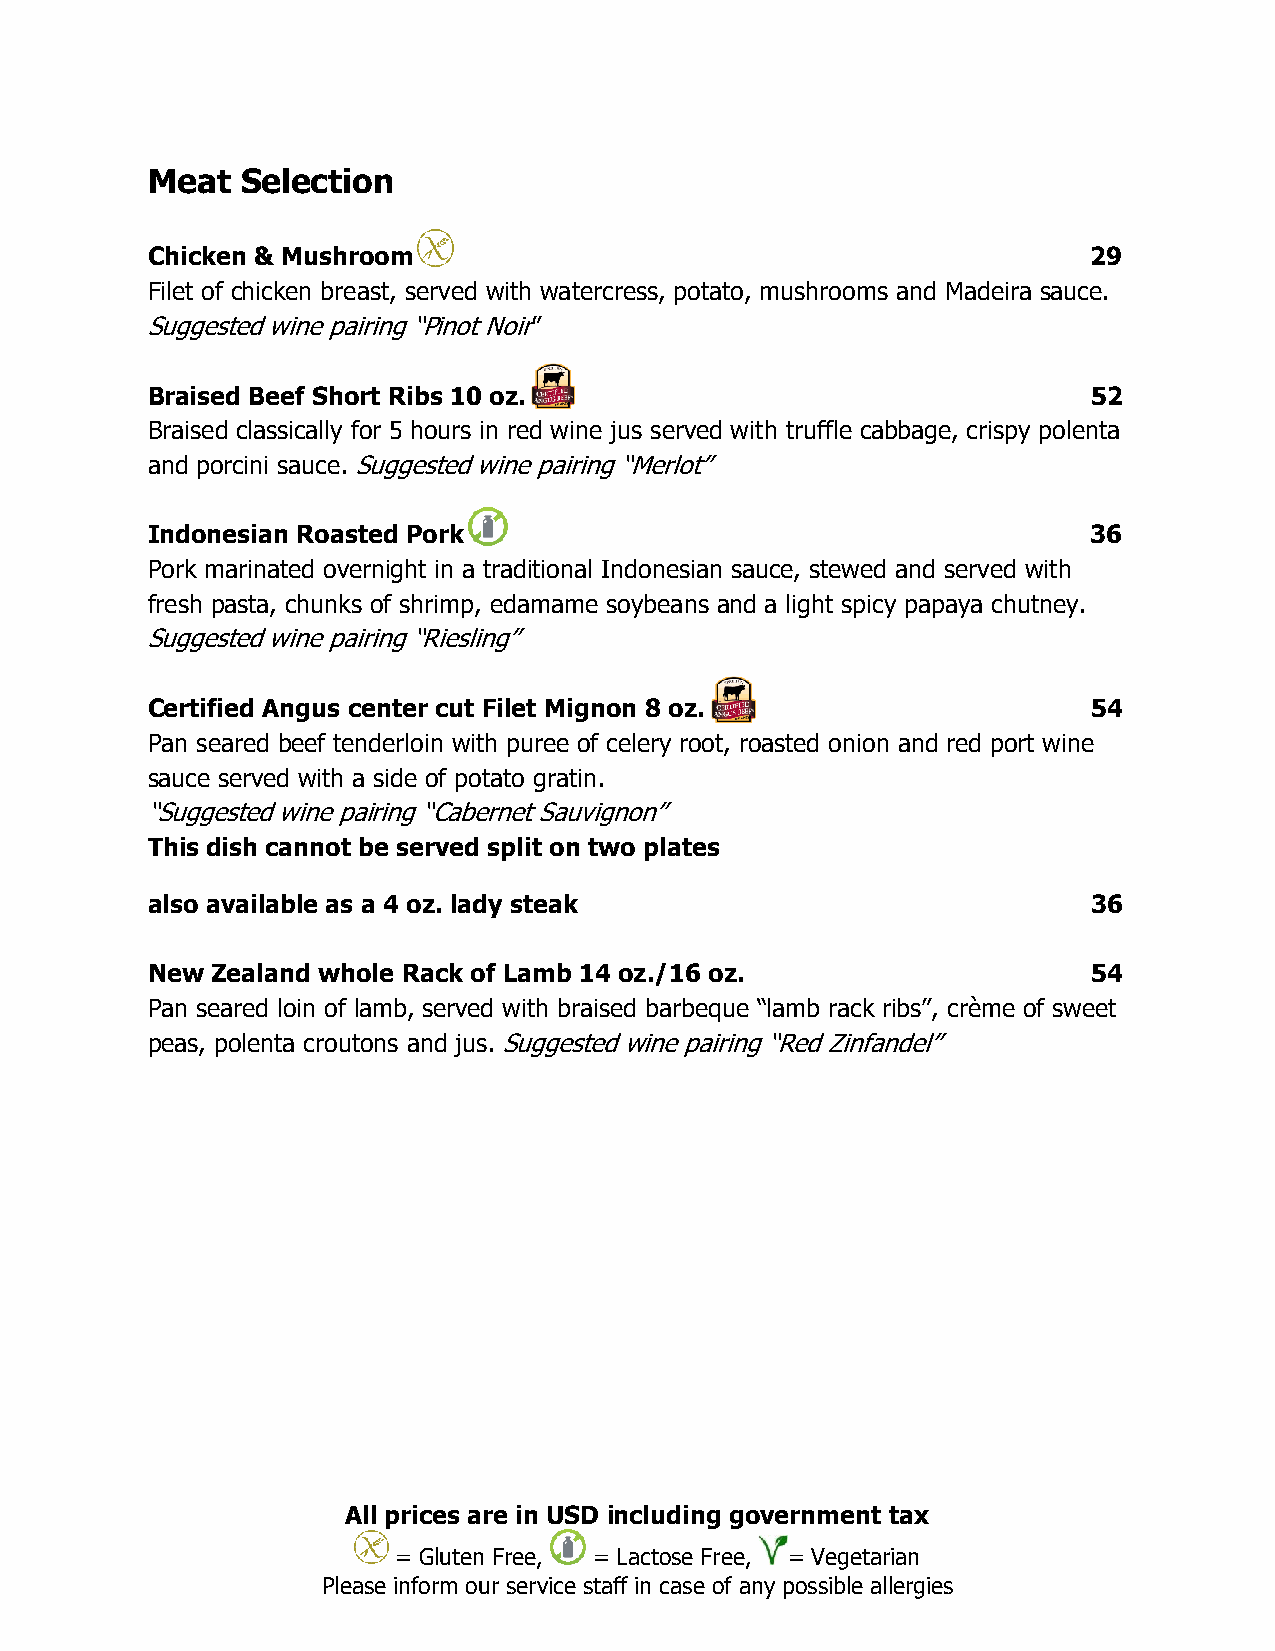
Meat  Selection
 Chicken & Mushroom                                            29
 Filet of chicken breast, served with watercress, potato, mushrooms and Madeira sauce.
 Suggested wine pairing “Pinot Noir”
 Braised Beef Short Ribs 10 oz.                                52
 Braised classically for 5 hours in red wine jus served with truffle cabbage, crispy polenta
 and porcini sauce. Suggested wine pairing “Merlot”
 Indonesian Roasted Pork                                       36
 Pork marinated overnight in a traditional Indonesian sauce, stewed and served with
 fresh pasta, chunks of shrimp, edamame soybeans and a light spicy papaya chutney.
 Suggested wine pairing “Riesling”
 Certified Angus center cut Filet Mignon 8 oz.                 54
 Pan seared beef tenderloin with puree of celery root, roasted onion and red port wine
 sauce served with a side of potato gratin.
 “Suggested wine pairing “Cabernet Sauvignon”
 This dish cannot be served split on two plates
 also available as a 4 oz. lady steak                          36
 New Zealand whole Rack of Lamb 14 oz./16 oz.                  54
 Pan seared loin of lamb, served with braised barbeque “lamb rack ribs”, crème of sweet
 peas, polenta croutons and jus. Suggested wine pairing “Red Zinfandel”
 All prices are in USD including government tax
 = Gluten Free, = Lactose Free, = Vegetarian
 Please inform our service staff in case of any possible allergies